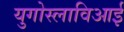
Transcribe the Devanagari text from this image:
युगोस्लाविआई